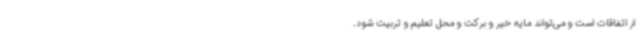
از اتفاقات است و می‌تواند مایه خیر و برکت و محل تعلیم و تربیت شود.